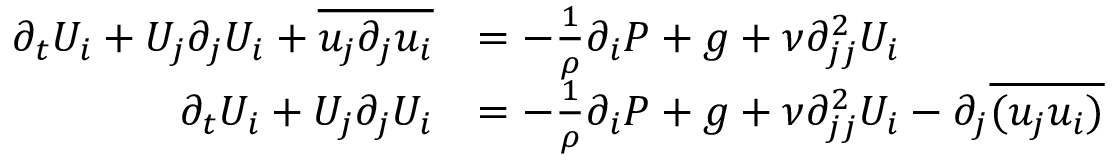
\begin{array} { r l } { \partial _ { t } U _ { i } + U _ { j } \partial _ { j } U _ { i } + \overline { { u _ { j } \partial _ { j } u _ { i } } } } & { = - \frac { 1 } { \rho } \partial _ { i } P + g + \nu \partial _ { j j } ^ { 2 } U _ { i } } \\ { \partial _ { t } U _ { i } + U _ { j } \partial _ { j } U _ { i } } & { = - \frac { 1 } { \rho } \partial _ { i } P + g + \nu \partial _ { j j } ^ { 2 } U _ { i } - \partial _ { j } \overline { { ( u _ { j } u _ { i } ) } } } \end{array}